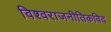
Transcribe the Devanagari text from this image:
विश्वराजनीतिकविद